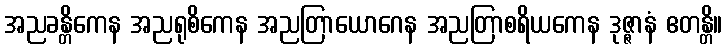
အညခန္တိကေန အညရုစိကေန အညတြာယောဂေန အညတြာစရိယကေန ဒုဇ္ဇာနံ ဧတန္တိ။